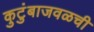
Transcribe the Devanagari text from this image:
कुटुंबाजवळची